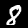
Digit: 8